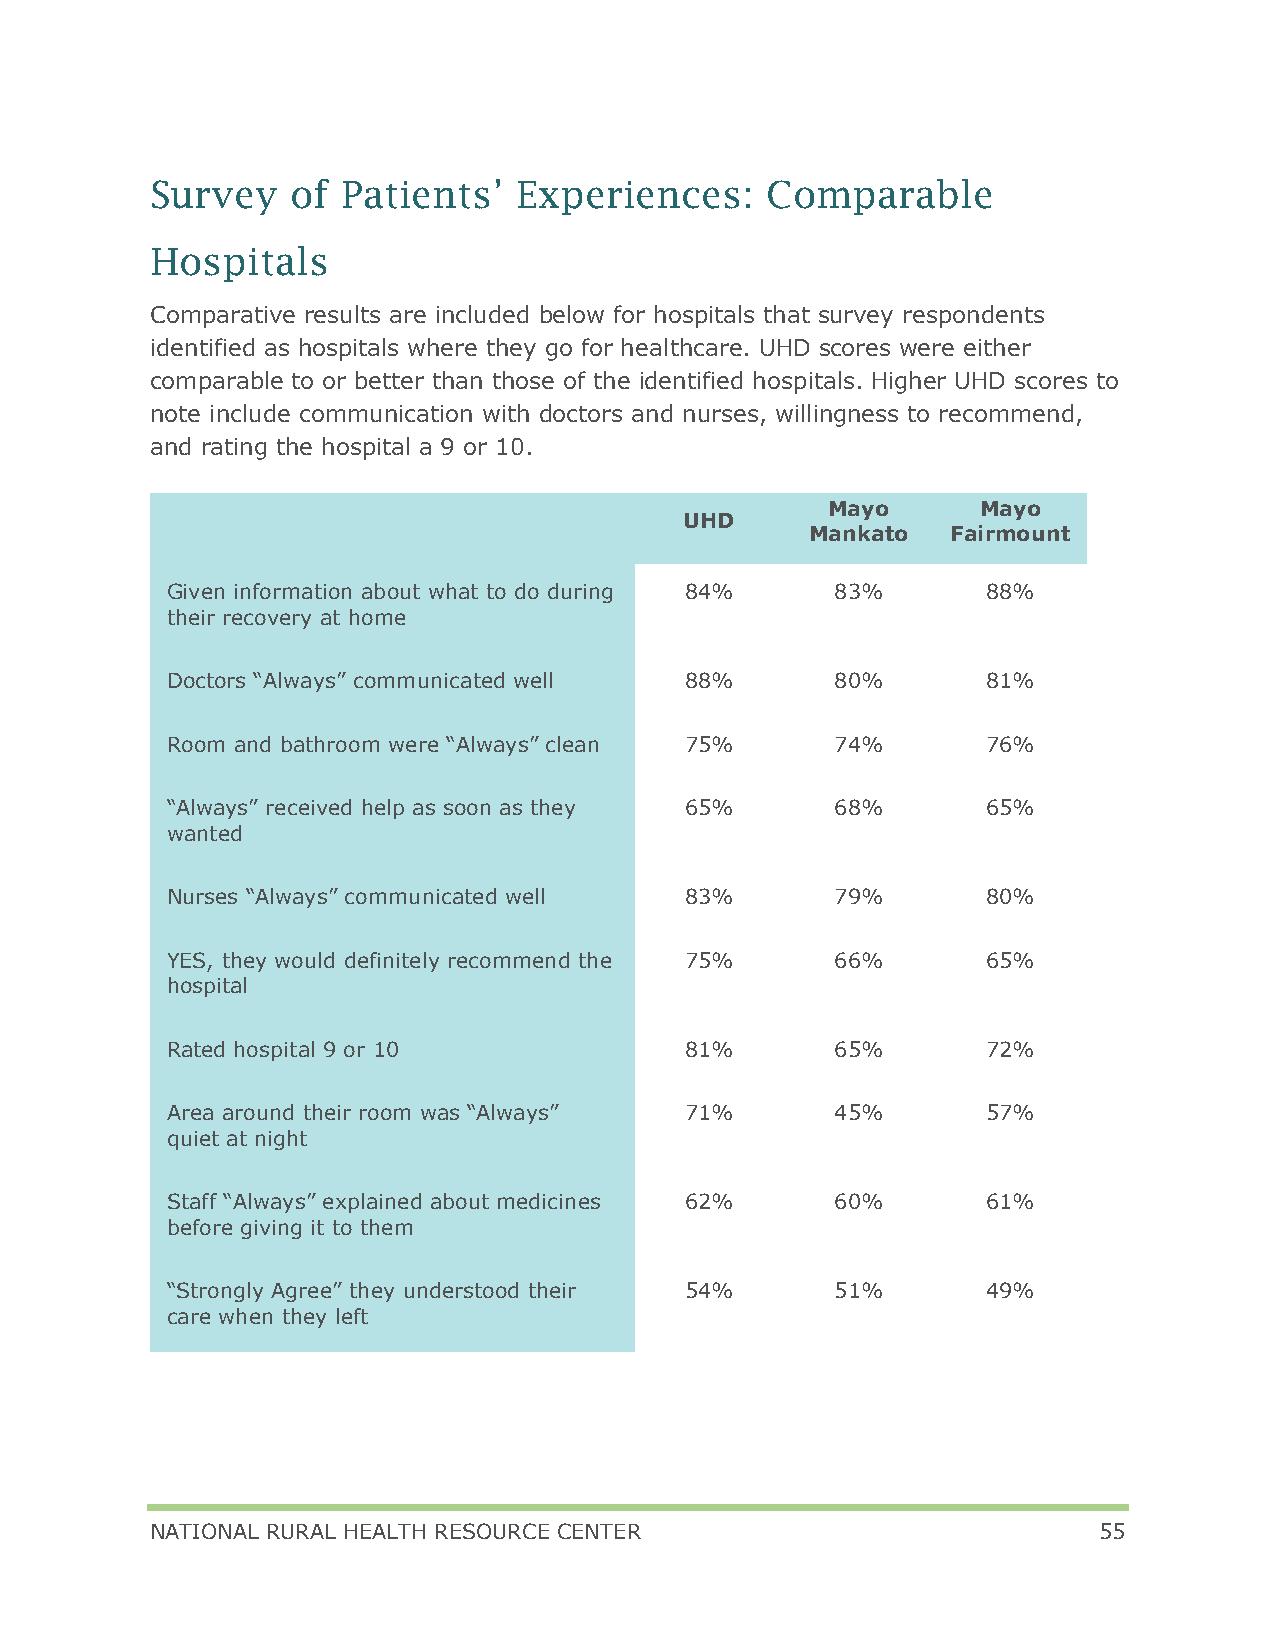
Survey   of  Patients’  Experiences:     Comparable
 Hospitals
 Comparative results are included below for hospitals that survey respondents
 identified as hospitals where they go for healthcare. UHD scores were either
 comparable to or better than those of the identified hospitals. Higher UHD scores to
 note include communication with doctors and nurses, willingness to recommend,
 and rating the hospital a 9 or 10.
 Mayo      Mayo
 UHD
 Mankato  Fairmount
 Given information about what to do during 84% 83%     88%
 their recovery at home
 Doctors “Always” communicated well 88%      80%       81%
 Room and bathroom were “Always” clean 75%   74%       76%
 “Always” received help as soon as they 65%  68%       65%
 wanted
 Nurses “Always” communicated well 83%       79%       80%
 YES, they would definitely recommend the 75% 66%      65%
 hospital
 Rated hospital 9 or 10            81%       65%       72%
 Area around their room was “Always” 71%     45%       57%
 quiet at night
 Staff “Always” explained about medicines 62% 60%      61%
 before giving it to them
 “Strongly Agree” they understood their 54%  51%       49%
 care when they left
 NATIONAL RURAL HEALTH RESOURCE CENTER                          55